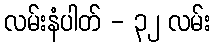
လမ်းနံပါတ် - ၃၂ လမ်း